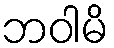
ဘဝါမိ